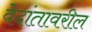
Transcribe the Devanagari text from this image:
वेदांतावरील